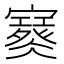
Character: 𡫮